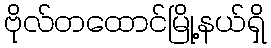
ဗိုလ်တထောင်မြို့နယ်ရှိ